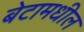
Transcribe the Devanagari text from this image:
बेटामधील